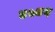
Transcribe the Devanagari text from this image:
४७४६